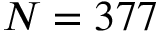
N = 3 7 7